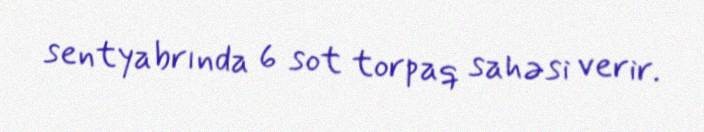
sentyabrında 6 sot torpaq sahəsi verir.